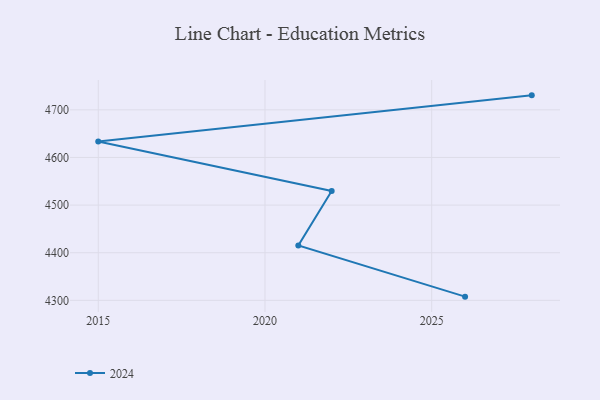
{"axis": {"x": "Year", "y": "Website Visitors"}, "legend": ["2024"], "data": [{"x": "2026", "y": 4307.8, "type": "2024"}, {"x": "2021", "y": 4415.2, "type": "2024"}, {"x": "2022", "y": 4529.5, "type": "2024"}, {"x": "2015", "y": 4633.3, "type": "2024"}, {"x": "2028", "y": 4730.4, "type": "2024"}]}